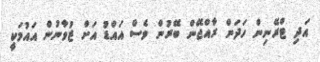
އަދި ޓްރޭނިން ހަދަން ރާއްޖޭން ބޭރުން ވެސް އައްޑު އަށް ޒުވާނުން އައުމަކީ